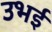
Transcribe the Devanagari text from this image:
उभई